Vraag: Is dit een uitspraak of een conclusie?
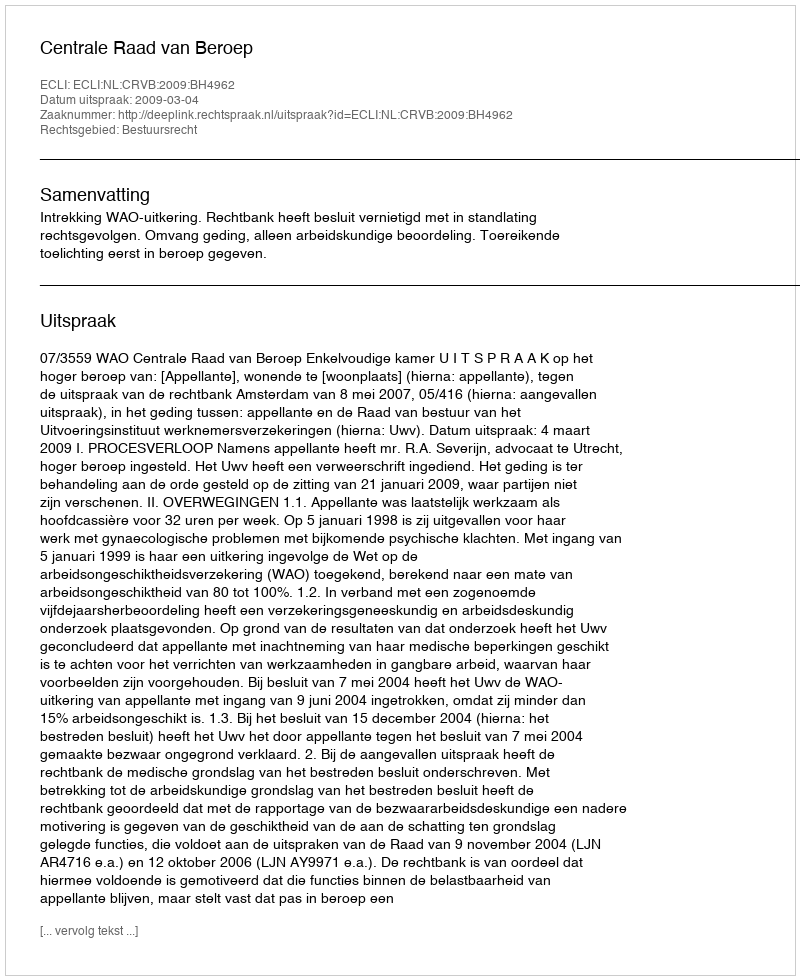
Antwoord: Uitspraak